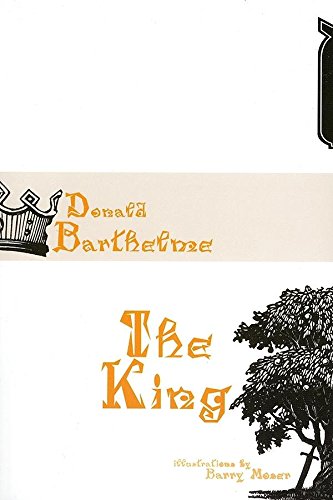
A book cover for King (American Literature Series); Donald Barthelme; Science Fiction & Fantasy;